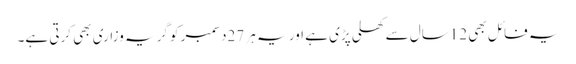
یہ فائل بھی 12سال سے کھلی پڑی ہے اور یہ ہر 27دسمبر کو گریہ وزاری بھی کرتی ہے۔